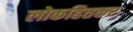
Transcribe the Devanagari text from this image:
लोकहितकर